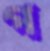
প